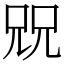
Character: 㒭